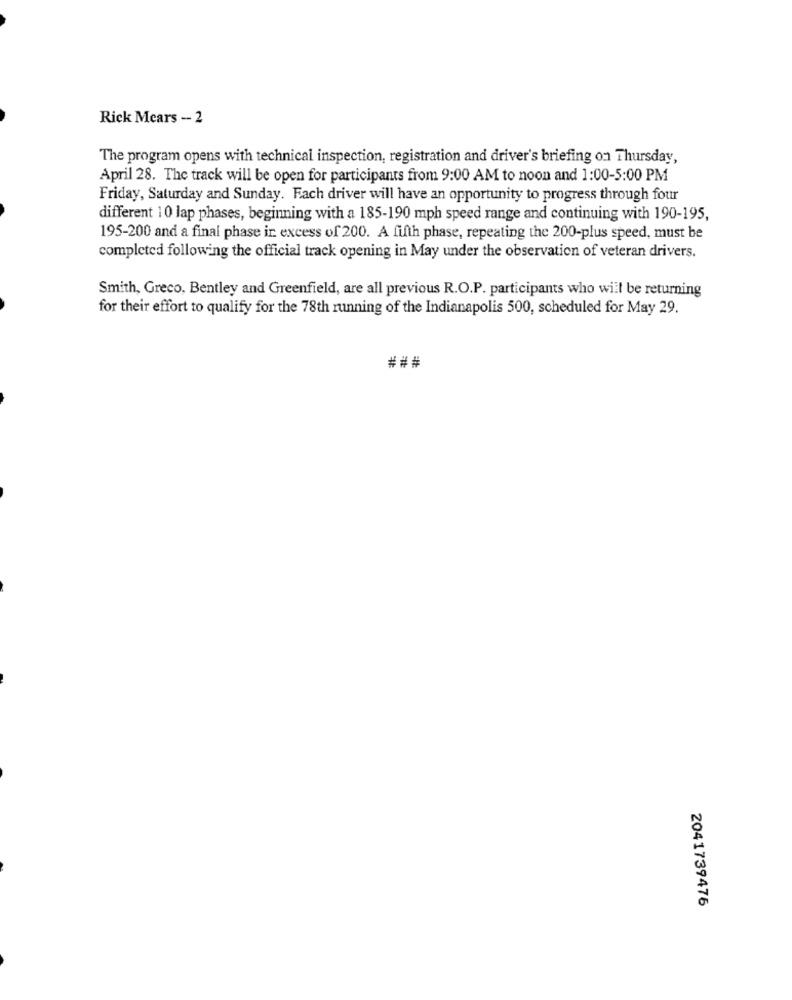
Rick Mears - 2
The program opens with technical inspection, registration and driver's briefing on Thursday,
April 28. The track will be open for participants from 9:00 AM to noon and 1:00-5:00 PM
Friday, Saturday and Sunday. Fach driver will have an opportunity to progress through four
different 10 lap phases, beginning with a 185-190 mph speed range and continuing with 190-195,
195-200 and a final phase ir excess of 200. A fifth phase, repeating the 200-plus speed, must be
completed following the official track opening in May under the observation of veteran drivers.
Smith, Greco, Bentley and Greenfield, are all previous R.O.P. participants who will be returning
for their effort to qualify for the 78th running of the Indianapolis 500, scheduled for May 29.
###
2041739476